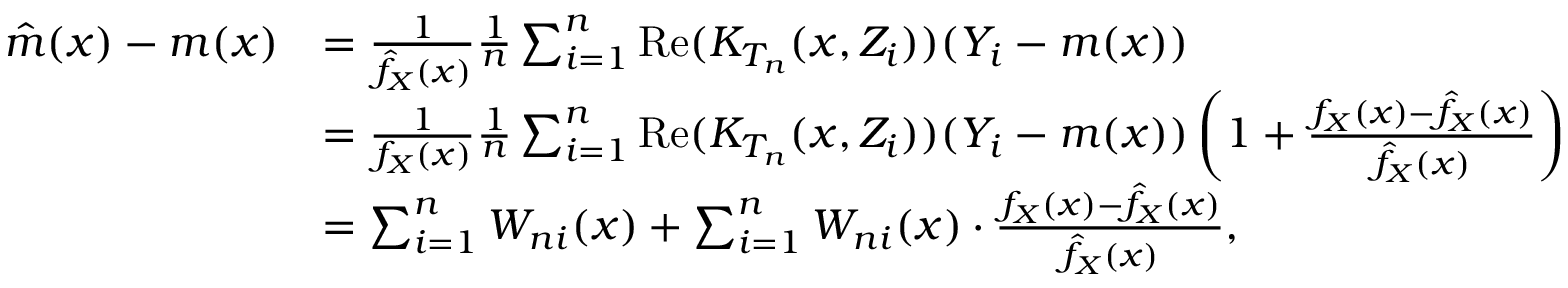
\begin{array} { r l } { \hat { m } ( x ) - m ( x ) } & { = \frac { 1 } { \hat { f } _ { X } ( x ) } \frac { 1 } { n } \sum _ { i = 1 } ^ { n } \mathrm { R e } ( K _ { T _ { n } } ( x , Z _ { i } ) ) ( Y _ { i } - m ( x ) ) } \\ & { = \frac { 1 } { f _ { X } ( x ) } \frac { 1 } { n } \sum _ { i = 1 } ^ { n } \mathrm { R e } ( K _ { T _ { n } } ( x , Z _ { i } ) ) ( Y _ { i } - m ( x ) ) \left( 1 + \frac { f _ { X } ( x ) - \hat { f } _ { X } ( x ) } { \hat { f } _ { X } ( x ) } \right) } \\ & { = \sum _ { i = 1 } ^ { n } W _ { n i } ( x ) + \sum _ { i = 1 } ^ { n } W _ { n i } ( x ) \cdot \frac { f _ { X } ( x ) - \hat { f } _ { X } ( x ) } { \hat { f } _ { X } ( x ) } , } \end{array}